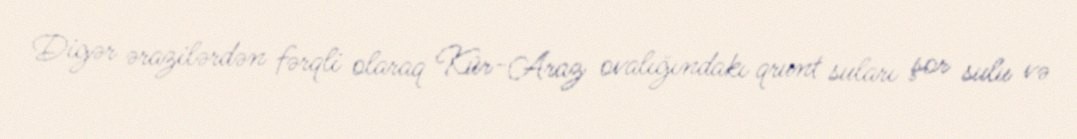
Digər ərazilərdən fərqli olaraq Kür-Araz ovalığındakı qrunt suları şor sulu və